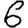
Digit: 6